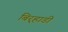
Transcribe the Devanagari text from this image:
बिर्‍हाडी